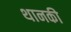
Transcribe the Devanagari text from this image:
थानकी